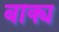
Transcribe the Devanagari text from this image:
बाक्य